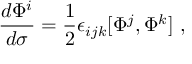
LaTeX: { \frac { d \Phi ^ { i } } { d \sigma } } = { \frac { 1 } { 2 } } \epsilon _ { i j k } [ \Phi ^ { j } , \Phi ^ { k } ] \ ,